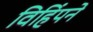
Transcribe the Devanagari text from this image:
विहिंपने